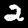
Label: 2